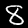
Digit: 8